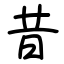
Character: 昔